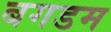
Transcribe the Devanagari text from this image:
बगडम